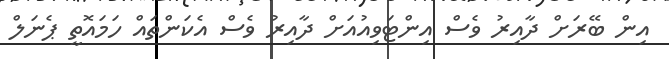
އިން ބޭރަށް ދާއިރު ވެސް އިންޓަވިއުއަށް ދާއިރު ވެސް އެކަންތައް ހަމައޮތީ ޕެނަލް